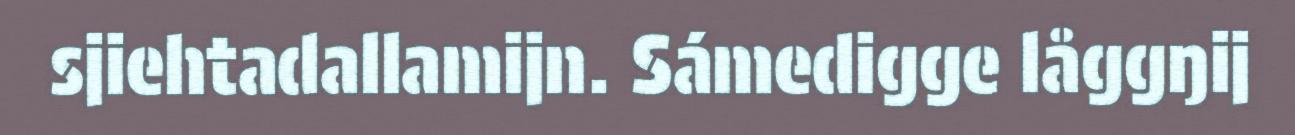
sjiehtadallamijn. Sámedigge låggŋij